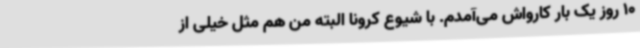
10 روز یک بار کارواش می‌آمدم. با شیوع کرونا البته من هم مثل خیلی از